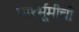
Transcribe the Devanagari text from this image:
पार्श्भूमीची